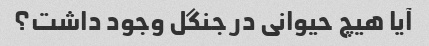
آیا هیچ حیوانی در جنگل وجود داشت؟